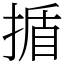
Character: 揗